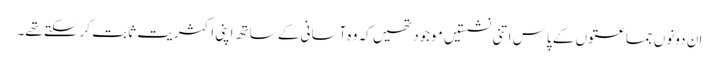
ان دونوں جماعتوں کے پاس اتنی نشستیں موجود تھیں کہ وہ آسانی کے ساتھ اپنی اکثریت ثابت کرسکتے تھے۔